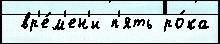
 вр'е́м'ен'и п'ять ро́ка